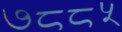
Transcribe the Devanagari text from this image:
७८८५